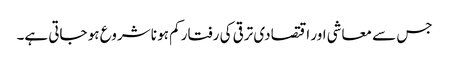
جس سے معاشی اور اقتصادی ترقی کی رفتار کم ہو نا شروع ہو جاتی ہے۔